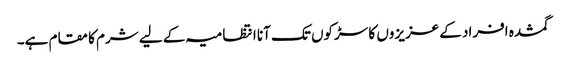
گمشدہ افراد کے عزیزوں کا سڑکوں تک آنا انتظامیہ کے لیے شرم کا مقام ہے۔